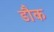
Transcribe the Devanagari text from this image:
डौक